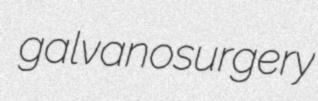
galvanosurgery